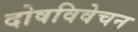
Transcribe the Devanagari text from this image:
दोषविवेचन